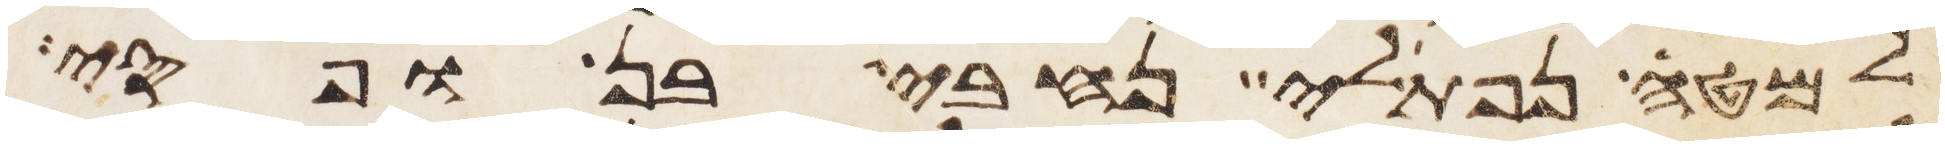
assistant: למטה נפתלי נחבי בן ופסי